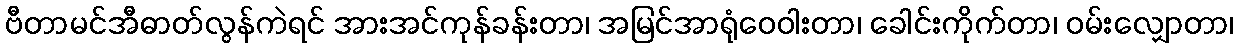
ဗီတာမင်အီဓာတ်လွန်ကဲရင် အားအင်ကုန်ခန်းတာ၊ အမြင်အာရုံဝေဝါးတာ၊ ခေါင်းကိုက်တာ၊ ဝမ်းလျှောတာ၊